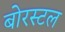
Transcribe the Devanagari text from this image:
बोरस्टल